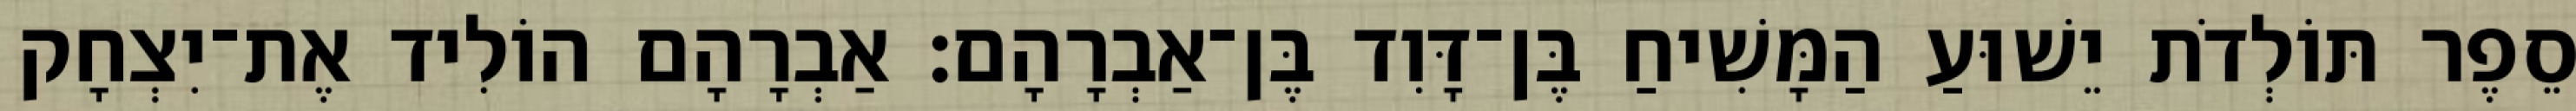
סֵפֶר תּוֹלְדֹת יֵשׁוּעַ הַמָּשִׁיחַ בֶּן־דָּוִד בֶּן־אַבְרָהָם׃ אַבְרָהָם הוֹלִיד אֶת־יִצְחָק